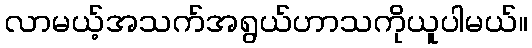
လာမယ့်အသက်အရွယ်ဟာသကိုယူပါမယ်။